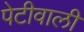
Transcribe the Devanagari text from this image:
पेटीवाली